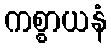
ကစ္စာယနံ